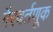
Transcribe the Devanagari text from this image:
गैरवर्तणूक